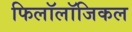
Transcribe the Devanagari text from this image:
फिलॉलॉजिकल